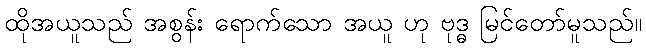
ထိုအယူသည် အစွန်း ရောက်သော အယူ ဟု ဗုဒ္ဓ မြင်တော်မူသည်။